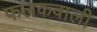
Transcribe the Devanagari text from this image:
फलकवाली